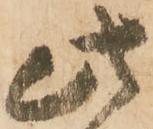
此